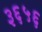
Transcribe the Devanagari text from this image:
३६५६